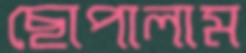
ছোপালাম